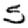
Digit: 5